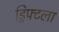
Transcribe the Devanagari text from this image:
ड्रिफ्टला